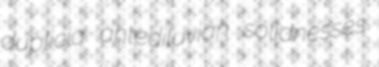
duplicia antediluvian solidnesses